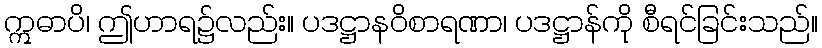
ဣဓာပိ၊ ဤဟာရ၌လည်း။ ပဒဋ္ဌာနဝိစာရဏာ၊ ပဒဋ္ဌာန်ကို စီရင်ခြင်းသည်။